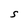
Character: S